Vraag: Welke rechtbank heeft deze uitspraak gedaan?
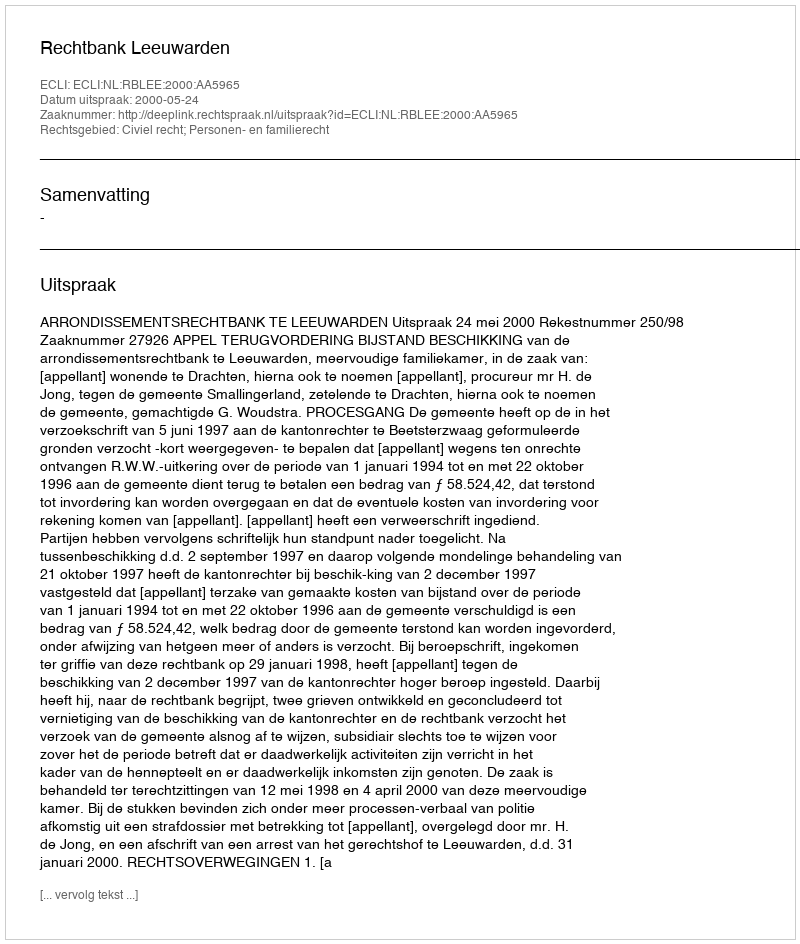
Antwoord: Rechtbank Leeuwarden